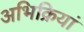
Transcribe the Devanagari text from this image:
अभिक्रियां